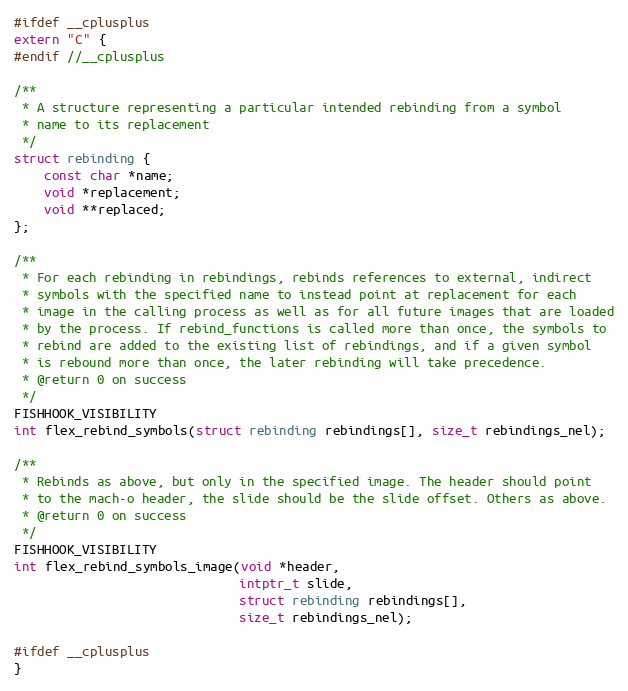
Language: C
#ifdef __cplusplus
extern "C" {
#endif //__cplusplus

/**
 * A structure representing a particular intended rebinding from a symbol
 * name to its replacement
 */
struct rebinding {
    const char *name;
    void *replacement;
    void **replaced;
};

/**
 * For each rebinding in rebindings, rebinds references to external, indirect
 * symbols with the specified name to instead point at replacement for each
 * image in the calling process as well as for all future images that are loaded
 * by the process. If rebind_functions is called more than once, the symbols to
 * rebind are added to the existing list of rebindings, and if a given symbol
 * is rebound more than once, the later rebinding will take precedence.
 * @return 0 on success
 */
FISHHOOK_VISIBILITY
int flex_rebind_symbols(struct rebinding rebindings[], size_t rebindings_nel);

/**
 * Rebinds as above, but only in the specified image. The header should point
 * to the mach-o header, the slide should be the slide offset. Others as above.
 * @return 0 on success
 */
FISHHOOK_VISIBILITY
int flex_rebind_symbols_image(void *header,
                              intptr_t slide,
                              struct rebinding rebindings[],
                              size_t rebindings_nel);

#ifdef __cplusplus
}